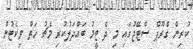
ކުރިން ގްރޫޕް ސްޓޭޖުގައި މި ދެ ޓީމު ބައްދަލުކުރި މެޗު ހަތް ވިކެޓުން